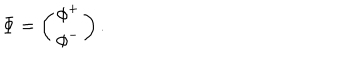
\nonumber \Phi = \left( \begin{array} { c } { { \phi ^ { + } } } \\ { { \phi ^ { - } } } \\ \end{array} \right) .